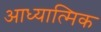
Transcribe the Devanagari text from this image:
आध्यात्‍मिक